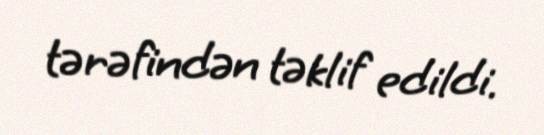
tərəfindən təklif edildi.